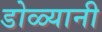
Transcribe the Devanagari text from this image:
डोळ्यानी